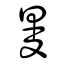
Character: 曼